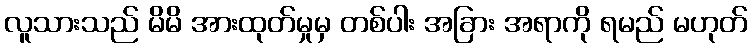
လူသားသည် မိမိ အားထုတ်မှုမှ တစ်ပါး အခြား အရာကို ရမည် မဟုတ်